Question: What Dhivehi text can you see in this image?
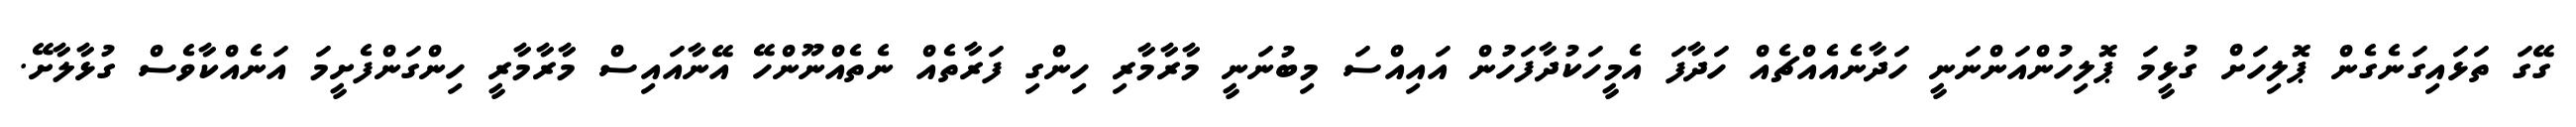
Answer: ގޭގަ ތަޅައިގަނެގެން ޕޮލިހަށް ގުޅީމަ ޕޮލިހުންއަންނަނީ ހަދާނެއެއްޗެއް ހަދާފަ އެމީހަކުދާފަހުން އައިއްސަ މިބުނަނީ މާރާމާރި ހިންގި ފަރާތެއް ނެތެއްނޫންހޭ އޭނާއައިސް މާރާމާރީ ހިންގަންފެށީމަ އަނެއްކާވެސް ގުޅާލާށޭ.